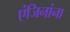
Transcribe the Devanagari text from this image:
एंजिनांना